Vaccination North-Western Provinces and Oudh 1878-1895 - 1878-1895
Year: 1878
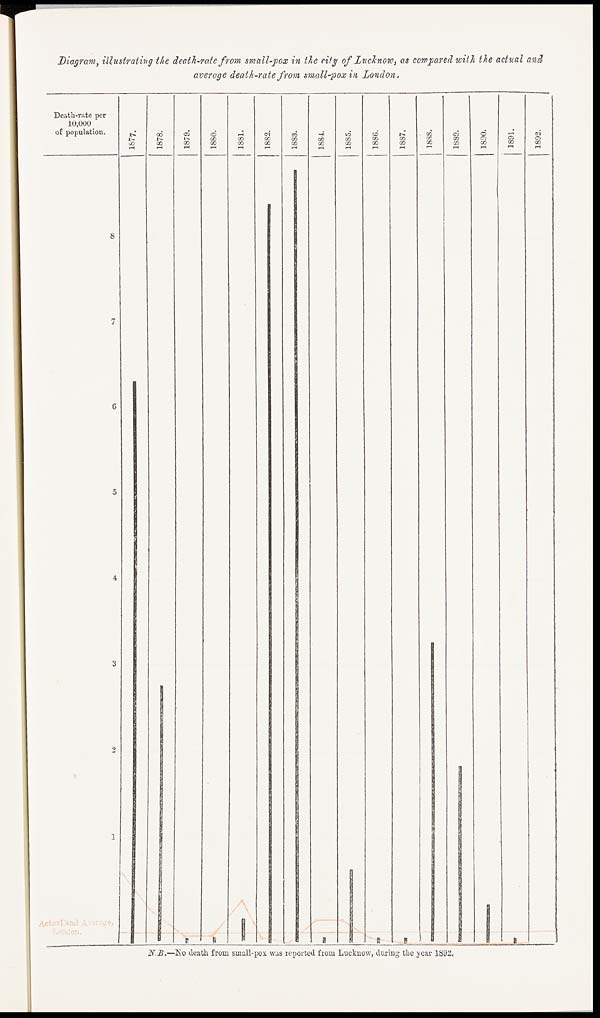
Diagram, illustrating the death-rate from small-pox in the city of Lucknow, as compared with the actual and
average death-rate from small-pox in London.